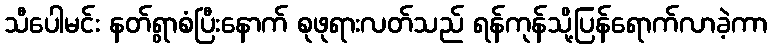
သီပေါမင်း နတ်ရွာစံပြီးနောက် စုဖုရားလတ်သည် ရန်ကုန်သို့ပြန်ရောက်လာခဲ့ကာ